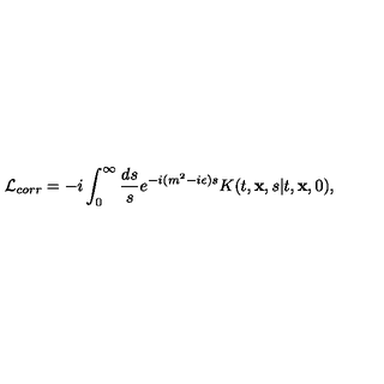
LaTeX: { \cal L } _ { c o r r } = - i \int _ { 0 } ^ { \infty } { \frac { d s } { s } } e ^ { - i ( m ^ { 2 } - i \epsilon ) s } K ( t , { \bf x } , s \vert t , { \bf x } , 0 ) ,